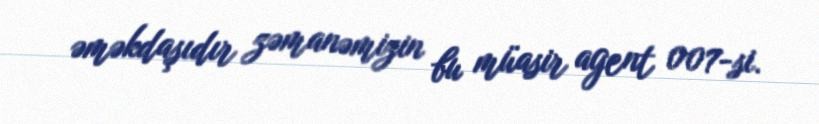
əməkdaşıdır zəmanəmizin bu müasir agent 007-si.